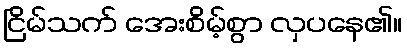
ငြိမ်သက် အေးစိမ့်စွာ လှပနေ၏။